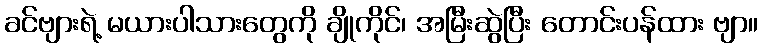
ခင်ဗျားရဲ့ မယားပါသားတွေကို ချိုကိုင်၊ အမြီးဆွဲပြီး တောင်းပန်ထား ဗျာ။